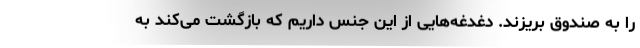
را به صندوق بریزند. دغدغه‌هایی از این جنس داریم که بازگشت می‌کند به